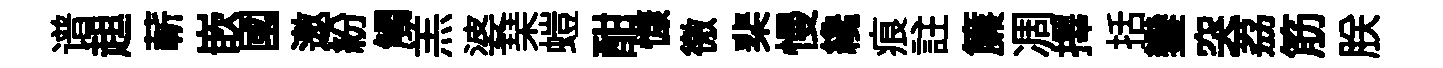
谱趄蔪嵌國邀紛觸羔婆琹螘酣慷徼棐慢纔痕註簾凋擇括鑾突荔筋朕